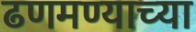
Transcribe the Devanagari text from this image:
ढणमण्याच्या